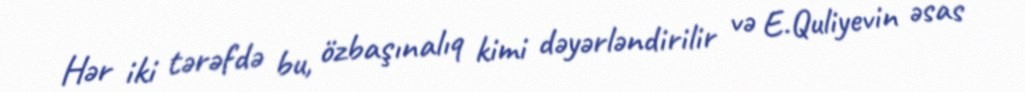
Hər iki tərəfdə bu, özbaşınalıq kimi dəyərləndirilir və E.Quliyevin əsas